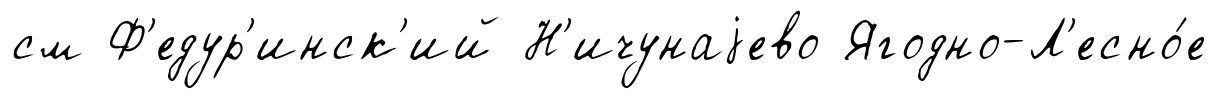
см Ф'едур'инск'ий Н'ичунаjево Ягодно-Л'есно́е